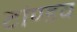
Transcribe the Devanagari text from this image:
टांण्डव